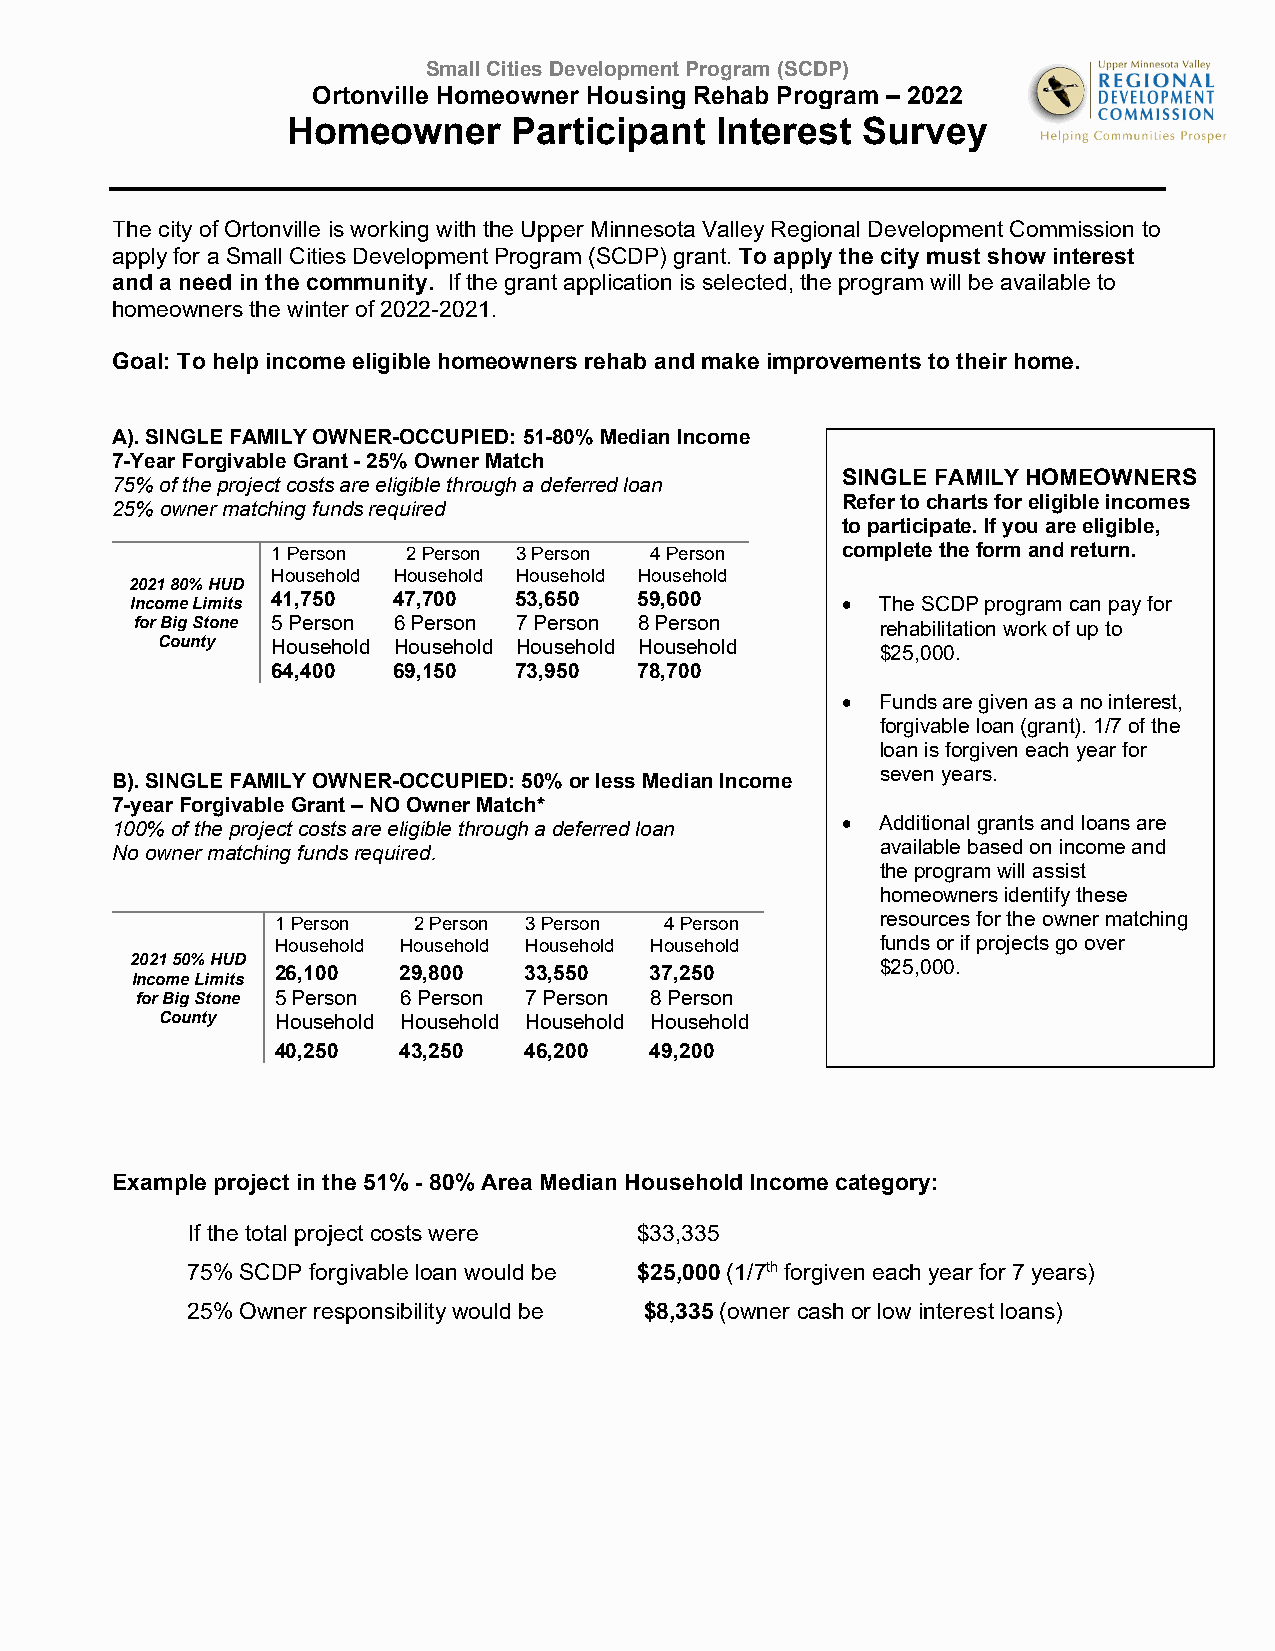
Small Cities Development Program (SCDP)
 Ortonville Homeowner Housing Rehab Program – 2022
 Homeowner      Participant  Interest  Survey
 The city of Ortonville is working with the Upper Minnesota Valley Regional Development Commission to
 apply for a Small Cities Development Program (SCDP) grant. To apply the city must show interest
 and a need in the community. If the grant application is selected, the program will be available to
 homeowners the winter of 2022-2021.
 Goal: To help income eligible homeowners rehab and make improvements to their home.
 A). SINGLE FAMILY OWNER-OCCUPIED: 51-80% Median Income
 7-Year Forgivable Grant - 25% Owner Match
 SINGLE FAMILY HOMEOWNERS
 75% of the project costs are eligible through a deferred loan
 25% owner matching funds required
 Refer to charts for eligible incomes
 to participate. If you are eligible,
 1 Person 2 Person 3 Person 4 Person   complete the form and return.
 Household Household Household Household
 2021 80% HUD
 Income Limits 41,750 47,700 53,650 59,600       The SCDP program can pay for
 for Big Stone 5 Person 6 Person 7 Person 8 Person rehabilitation work of up to
 County  Household Household Household Household $25,000.
 64,400  69,150  73,950  78,700
  Funds are given as a no interest,
 forgivable loan (grant). 1/7 of the
 loan is forgiven each year for
 seven years.
 B). SINGLE FAMILY OWNER-OCCUPIED: 50% or less Median Income
 7-year Forgivable Grant – NO Owner Match*
 100% of the project costs are eligible through a deferred loan  Additional grants and loans are
 No owner matching funds required.                  available based on income and
 the program will assist
 homeowners identify these
 1 Person 2 Person 3 Person 4 Person     resources for the owner matching
 Household Household Household Household funds or if projects go over
 2021 50% HUD 26,100 29,800 33,550 37,250         $25,000.
 Income Limits
 for Big Stone 5 Person 6 Person 7 Person 8 Person
 County Household Household Household Household
 40,250  43,250   46,200  49,200
 Example project in the 51% - 80% Area Median Household Income category:
 If the total project costs were $33,335
 75% SCDP forgivable loan would be $25,000 (1/7th forgiven each year for 7 years)
 25% Owner responsibility would be $8,335 (owner cash or low interest loans)